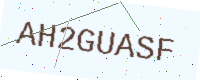
Text: AH2GUASF